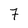
Character: 7